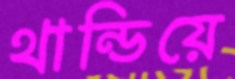
থান্ডিয়ে